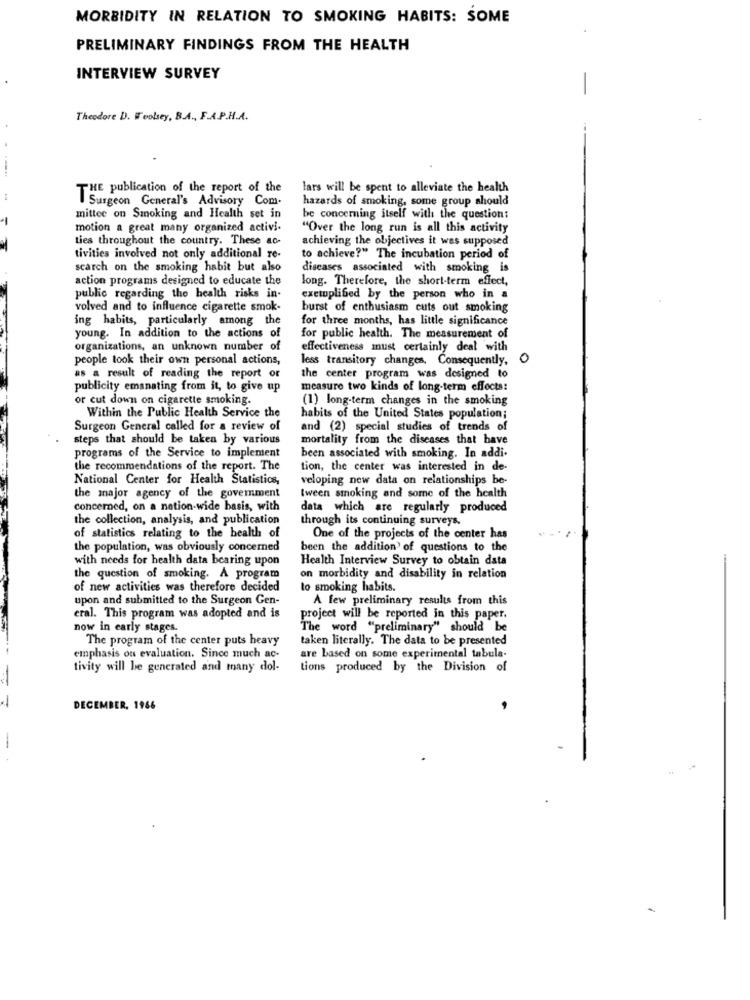
MORBIDITY IN RELATION TO SMOKING HABITS: SOME
PRELIMINARY FINDINGS FROM THE HEALTH
INTERVIEW SURVEY
-
Theodore D. Woolsey, B.A ., F.A.P.H.A.
THE publication of the report of the
lars will be spent to alleviate the health
Surgeon General's Advisory Com.
hazards of smoking, some group should
-
mittee on Smoking and Health set in
be concerning itself with the question:
motion a great many organized activi.
"Over the long run is all this activity
ties throughout the country. These ao-
achieving the objectives it was supposed
tivities involved not only additional re-
to achieve?" The incubation period of
search on the smoking habit but also
diseases associated with smoking is
action programs designed to educate the
long. Therefore, the short-term effect,
public regarding the health risks in-
exetuplified by the person who in a
volved and to influence cigarette smok-
burst of enthusiasm cuts out smoking
ing habits, particularly among the
for three months, has little significance
young. In addition to the actions of
for public health. The measurement of
organizations, an unknown number of
effectiveness must certainly deal with
people took their own personal actions,
less transitory changes, Consequently.
0
as a result of reading the report of
the center program was designed to
publicity emanating from it, to give up
measure two kinds of long-term effects:
or cut down on cigarette smoking.
(1) long-term changes in the smoking
Within the Public Health Service the
habits of the United States population;
Surgeon General called for a review of
and (2) special studies of trends of
steps that should be taken by various
mortality from the diseases that have
programs of the Service to implement
been associated with smoking. In addi-
the recommendations of the report. The
tion, the center was interested in de-
National Center for Health Statistics,
veloping new data on relationships be-
the major agency of the government
tween smoking and some of the health
concerned, on a nation-wide basis, with
data which are regularly produced
the collection, analysis, and publication
through its continuing surveys.
of statistics relating to the health of
One of the projects of the center has
the population, was obviously concerned
been the addition of questions to the
with needs for health data bearing upon
Health Interview Survey to obtain data
the question of smoking. A program
on morbidity and disability in relation
of new activities was therefore decided
to smoking habits.
upon and submitted to the Surgeon Gen-
A few preliminary results from this
eral. This program was adopted and is
project will be reported in this paper.
now in early stages.
The word "preliminary" should be
The program of the center puts heavy
taken literally. The data to be presented
emphasis on evaluation. Since much ac-
are based on some experimental tabula-
tivity will be gencrated and many dol-
tions produced by the Division of
DECEMBER, 1966
-